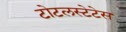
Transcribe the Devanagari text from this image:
टोटलस्टेटेस